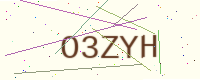
Text: O3ZYH